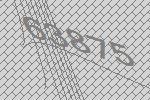
63875